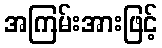
အကြမ်းအားဖြင့်